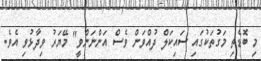
މި ބޮޑެތި މަގުތަކުގައި ސައިކަލް ދުއްވަން ވެސް އަންނަންވީ" މޭޔަރު ވިދާޅުވި އެވެ.